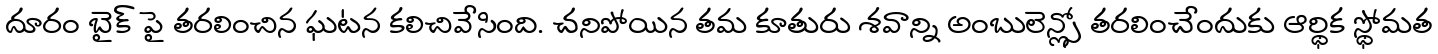
దూరం బైక్ పై తరలించిన ఘటన కలిచివేసింది. చనిపోయిన తమ కూతురు శవాన్ని అంబులెన్స్లో తరలించేందుకు ఆర్థిక స్థోమత